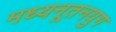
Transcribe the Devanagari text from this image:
मध्यनूतनयुग